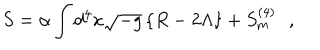
S = \alpha \int d ^ { 4 } x \sqrt { - g } \left\{ R - 2 \Lambda \right\} + S _ { \mathrm { { m } } } ^ { ( 4 ) } \, \, \, \, ,